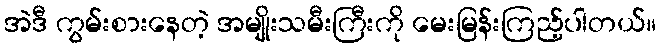
အဲဒီ ကွမ်းစားနေတဲ့ အမျိုးသမီးကြီးကို မေးမြန်းကြည့်ပါတယ်။